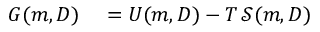
\begin{array} { r l } { G ( m , D ) } & { { } = U ( m , D ) - T \, { \mathcal { S } } ( m , D ) } \end{array}